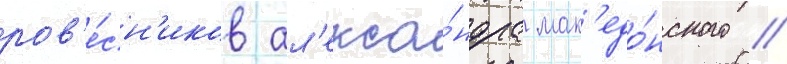
ров'е́сн'иков ал'екса́ндра мак'едо́нского //